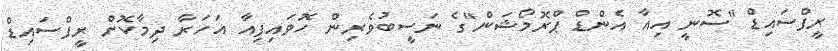
ރީފްސައިޑް "ސޮނީ އިއާ އެންޑް ޕްރޮމޯޝަން"ގެ ނަސީބުވެރިން ހޮވައިފިއާ އަހަރާ ދިމާކޮށް ރީފްސައިޑް